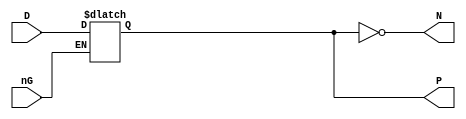
// This program was cloned from: https://github.com/neogeodev/NeoGeoFPGA-sim
// License: GNU General Public License v3.0

`timescale 1ns/1ns

module LT4(
	input nG,
	input [3:0] D,
	output reg [3:0] P = 4'd0,
	output [3:0] N
);

	always @(*)
	begin
		if (!nG)
			P <= #1 D;			// Latch
	end
	
	assign N = ~P;

endmodule